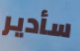
سأدير